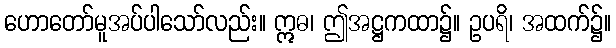
ဟောတော်မူအပ်ပါသော်လည်း။ ဣဓ၊ ဤအဋ္ဌကထာ၌။ ဥပရိ၊ အထက်၌။